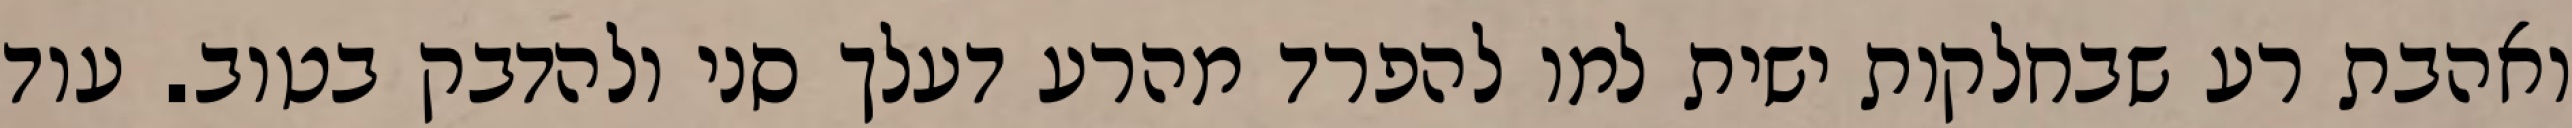
ואהבת רע שבחלקות ישית למו להפרד מהרע דעלך סני ולהדבק בטוב. עוד